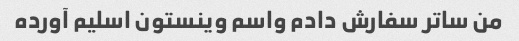
من ساتر سفارش دادم واسم وینستون اسلیم آورده